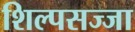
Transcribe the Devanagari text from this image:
शिल्पसज्जा